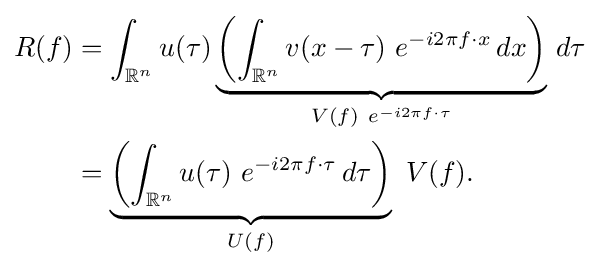
{\begin{aligned}R(f)&=\int _{\mathbb {R} ^{n}}u(\tau )\underbrace {\left(\int _{\mathbb {R} ^{n}}v(x-\tau )\ e^{-i2\pi f\cdot x}\,dx\right)} _{V(f)\ e^{-i2\pi f\cdot \tau }}\,d\tau \\&=\underbrace {\left(\int _{\mathbb {R} ^{n}}u(\tau )\ e^{-i2\pi f\cdot \tau }\,d\tau \right)} _{U(f)}\ V(f).\end{aligned}}